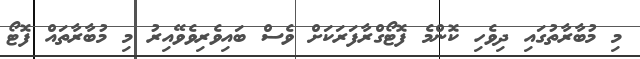
މި މުބާރާތުގައި ދިވެހި ކޮންމެ ފޮޓޯގްރާފަރަކަށް ވެސް ބައިވެރިވެވޭއިރު މި މުބާރާތައް ފޮޓޯ